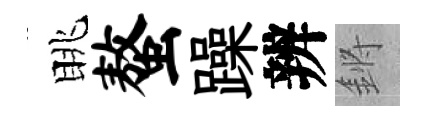
眺螯躁辨鏘